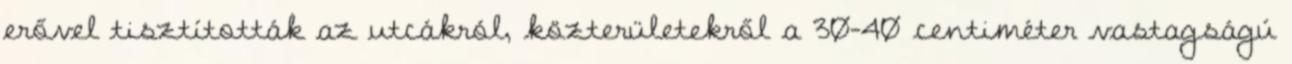
erővel tisztították az utcákról, közterületekről a 30-40 centiméter vastagságú